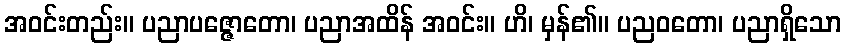
အဝင်းတည်း။ ပညာပဇ္ဇောတော၊ ပညာအထိန် အဝင်း။ ဟိ၊ မှန်၏။ ပညဝတော၊ ပညာရှိသော